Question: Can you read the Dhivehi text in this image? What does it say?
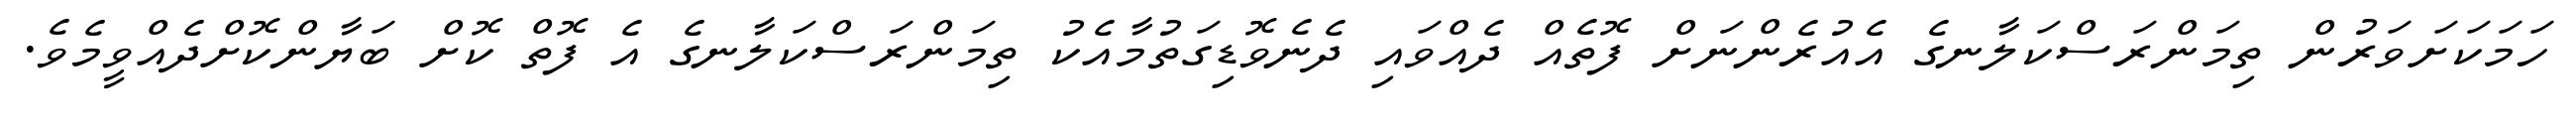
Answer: ހަމަކަށަވަރުން ތިމަންރަސްކަލާނގެ އެއުރެންނަށް ފޮތެއް ދެއްވައި ދެނެވޮޑިގަތުމާއެކު ތިމަންރަސްކަލާނގެ އެ ފޮތް ކޮށް ބަޔާންކޮށްދެއްވީމެވެ.